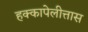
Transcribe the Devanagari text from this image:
हक्कापेलीत्तास